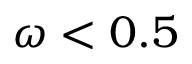
\omega < 0 . 5